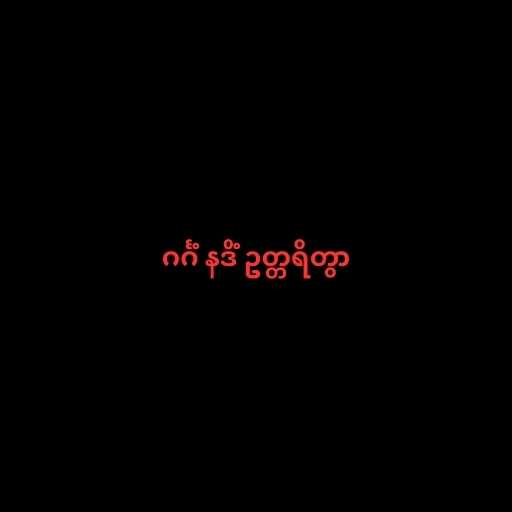
ဂင်္ဂံ နဒိံ ဥတ္တရိတွာ